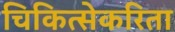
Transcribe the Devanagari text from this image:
चिकित्सेकरिता